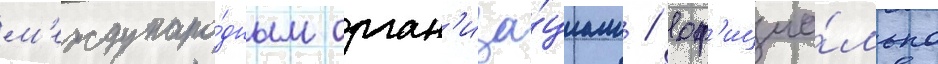
м'еждунаро́дным орган'иза́циам / оф'ициа́льно